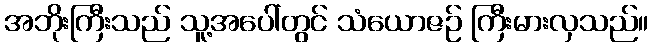
အဘိုးကြီးသည် သူ့အပေါ်တွင် သံယောဇဉ် ကြီးမားလှသည်။